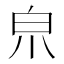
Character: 𤽄